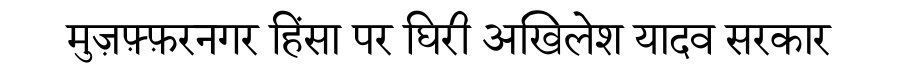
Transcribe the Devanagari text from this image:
मुज़फ़्फ़रनगर हिंसा पर घिरी अखिलेश यादव सरकार